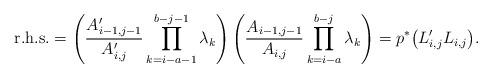
LaTeX: \begin{align*}{\rm r.h.s.} = \left(\frac{A'_{i-1,j-1}}{A'_{i,j}}\prod_{k=i-a-1}^{b-j-1}\lambda_k\right)\left( \frac{A_{i-1,j-1}}{A_{i,j}}\prod_{k=i-a}^{b-j}\lambda_k\right)= p^*\big(L_{i,j}'L_{i,j}\big).\end{align*}